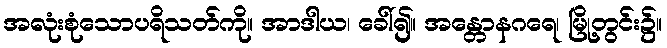
အလုံးစုံသောပရိသတ်ကို။ အာဒါယ၊ ခေါ်၍။ အန္တောနဂရေ၊ မြို့တွင်း၌။